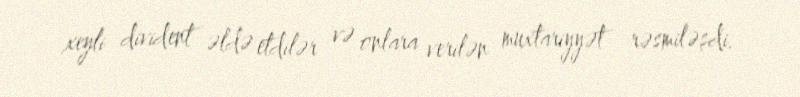
xeyli divident əldə etdilər və onlara verilən muxtariyyət rəsmiləşdi.